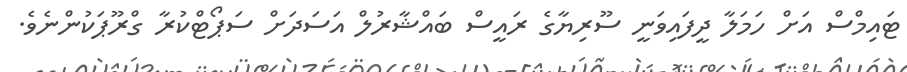
ޓައިމްސް އަށް ހަމަލާ ދީފައިވަނީ ސޫރިޔާގެ ރައީސް ބައްޝާރުލް އަސަދަށް ސަޕޯޓްކުރާ ގްރޫޕަކުންނެވެ.